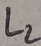
Text: L2